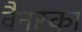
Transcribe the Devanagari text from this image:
वैनस्का